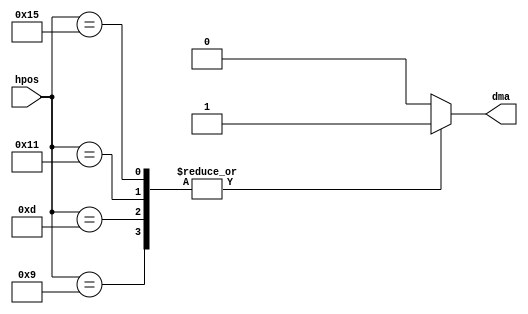
// This program was cloned from: https://github.com/Mazamars312/Analogue-Amiga
// License: GNU General Public License v3.0

// refresh dma channel (for compatibility)


module agnus_refresh
(
	input	[8:0] hpos,
	output	reg dma
);

//dma request
always @(hpos)
	case (hpos)
		9'b0000_0100_1 : dma = 1'b1;
		9'b0000_0110_1 : dma = 1'b1;
		9'b0000_1000_1 : dma = 1'b1;
		9'b0000_1010_1 : dma = 1'b1;
		default        : dma = 1'b0;
	endcase


endmodule